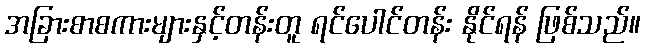
အခြားစာစကားများနှင့်တန်းတူ ရင်ပေါင်တန်း နိုင်ရန် ဖြစ်သည်။